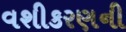
વશીકરણની